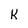
Character: k